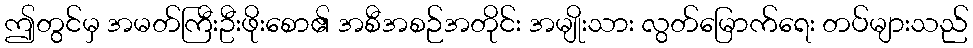
ဤတွင်မှ အမတ်ကြီးဦးဖိုးစော၏ အစီအစဉ်အတိုင်း အမျိုးသား လွတ်မြောက်ရေး တပ်များသည်